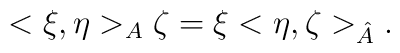
<\xi ,\eta >_{A}\zeta =\xi <\eta ,\zeta >_{\hat{A}}.